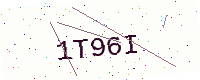
Text: 1T96I